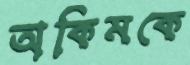
অকিমকে